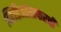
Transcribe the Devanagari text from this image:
व्हिडिओग्राफरची